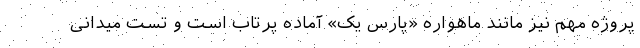
پروژه مهم نیز مانند ماهواره «پارس یک» آماده پرتاب است و تست میدانی